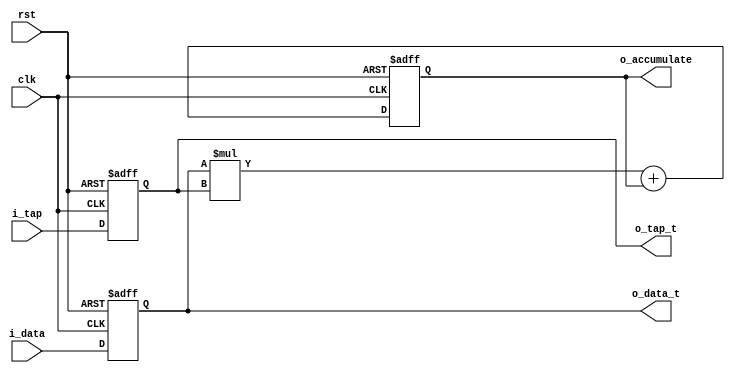
module PE #(
    parameter DATA_WIDTH = 32
)(
    input clk,
    input rst,
    input  [DATA_WIDTH-1:0] i_data,
    input  [DATA_WIDTH-1:0] i_tap,
    output [DATA_WIDTH-1:0] o_data_t,
    output [DATA_WIDTH-1:0] o_tap_t,
    output [DATA_WIDTH-1:0] o_accumulate
);

reg [DATA_WIDTH-1:0] temp_data;
reg [DATA_WIDTH-1:0] temp_tap;
reg [DATA_WIDTH-1:0] o_accumulate_w, o_accumulate_r;

assign o_data_t = temp_data;
assign o_tap_t  = temp_tap;
assign o_accumulate = o_accumulate_r;

always @(posedge clk or posedge rst) begin
    if(rst) begin
        temp_data <= {DATA_WIDTH{1'b0}};
        temp_tap  <= {DATA_WIDTH{1'b0}};
    end else begin
        temp_data <= i_data;
        temp_tap  <= i_tap;
    end
end

always @(*) begin
    o_accumulate_w = temp_data * temp_tap + o_accumulate_r;
end

always @(posedge clk or posedge rst) begin
    if(rst) begin
        o_accumulate_r <= {DATA_WIDTH{1'b0}};
    end else begin
        o_accumulate_r <= o_accumulate_w;
    end
end

endmodule